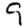
Digit: 9